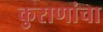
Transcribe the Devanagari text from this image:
कुराणांचा